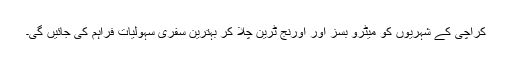
کراچی کے شہریوں کو میٹرو بسز اور اورنج ٹرین چلا کر بہترین سفری سہولیات فراہم کی جائیں گی۔